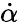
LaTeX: \dot{\alpha}